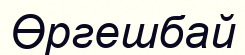
Өргешбай